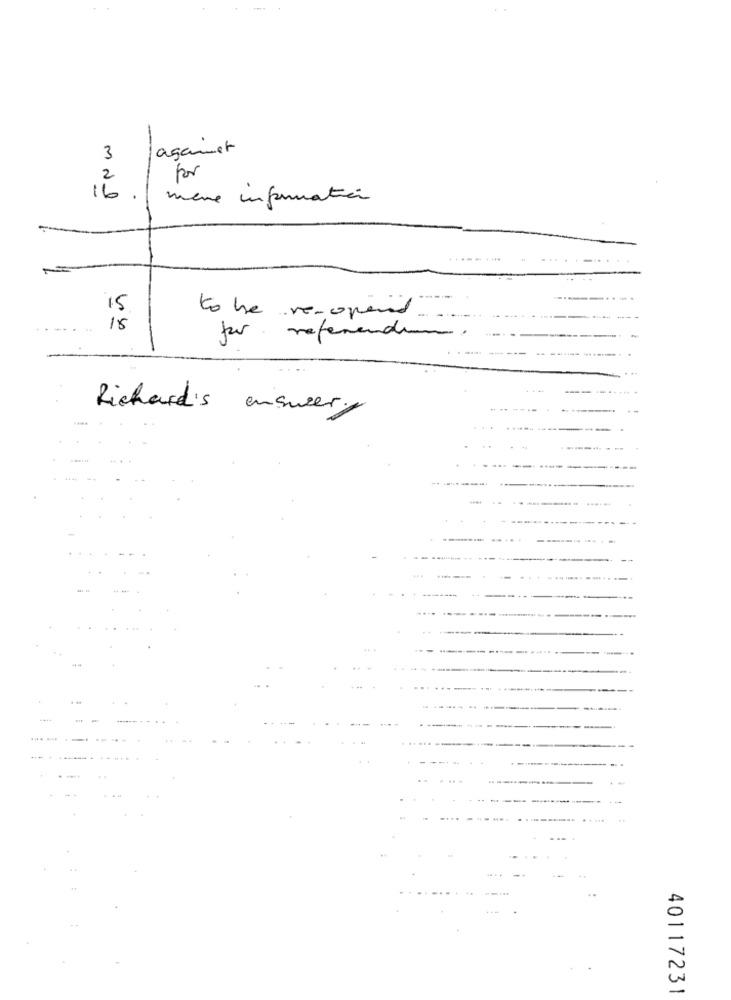
agamet
3
for
2
16
mere information
----....
15
to be re-openid
15
for referendum
Richard's
ensurer
40117231